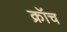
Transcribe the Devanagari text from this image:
क्रॉच